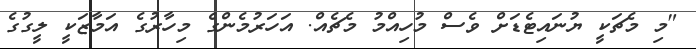
"މި މެޗަކީ ޔުނައިޓެޑަށް ވެސް މުހިއްމު މެޗެއް. އަހަރުމެންގެ މިހާރުގެ އަމާޒަކީ ލީގުގެ